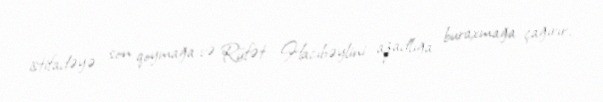
istifadəyə son qoymağa və Rüfət Hacıbəylini azadlığa buraxmağa çağırır.